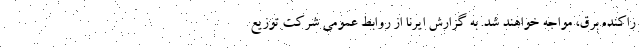
راکنده برق، مواجه خواهند شد. به گزارش ایرنا از روابط عمومی شرکت توزیع